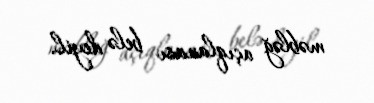
məbləğ açıqlanası belə deyil.